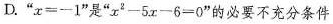
D.”$$x = - 1$$”是”$$x ^ { 2 } - 5 x - 6 = 0$$”的必要不充分条件